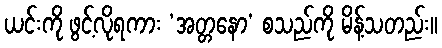
ယင်းကို ဖွင့်လိုရကား ‘အတ္တနော’ စသည်ကို မိန့်သတည်း။